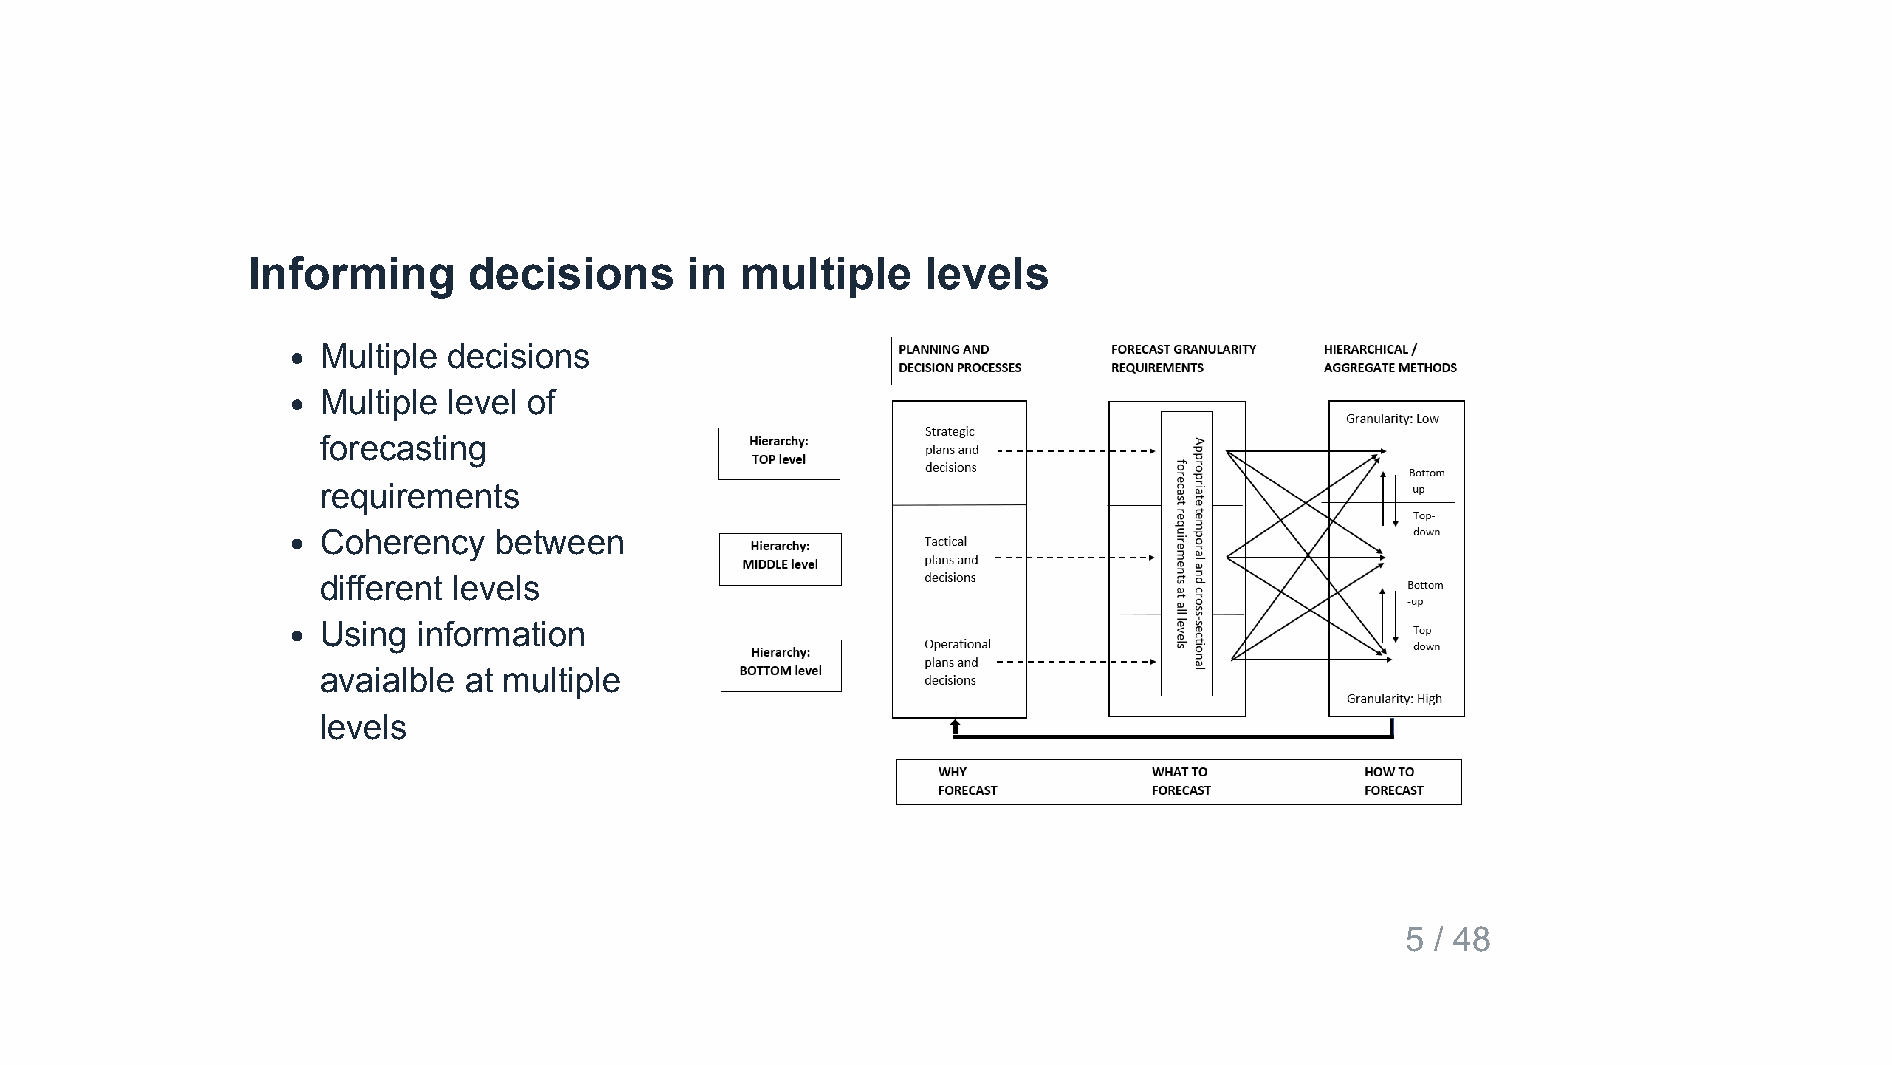
Informing      decisions      in multiple    levels
 Multiple decisions
 Multiple level of
 forecasting
 requirements
 Coherency   between
 different levels
 Using  information
 avaialble at multiple
 levels
 5 / 48